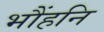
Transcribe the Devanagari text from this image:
भौंहनि